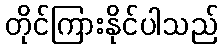
တိုင်ကြားနိုင်ပါသည်